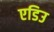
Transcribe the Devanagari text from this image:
एडिउ